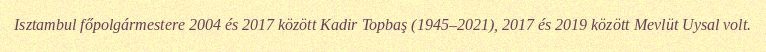
Isztambul főpolgármestere 2004 és 2017 között Kadir Topbaş (1945–2021), 2017 és 2019 között Mevlüt Uysal volt.